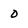
Character: 0